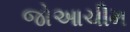
જોઆચીમ